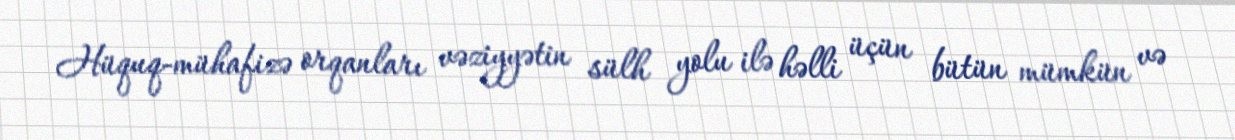
Hüquq-mühafizə orqanları vəziyyətin sülh yolu ilə həlli üçün bütün mümkün və